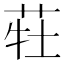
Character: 𰱆